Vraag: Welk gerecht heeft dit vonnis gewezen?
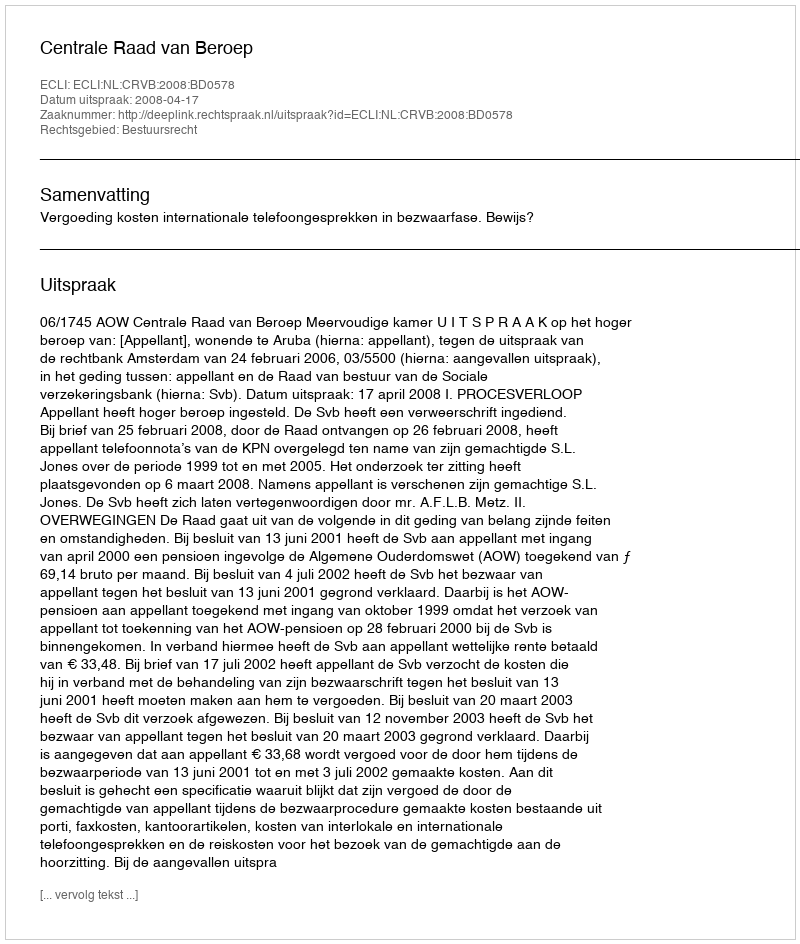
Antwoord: Centrale Raad van Beroep